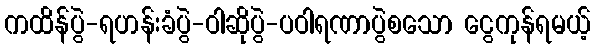
ကထိန်ပွဲ-ရဟန်းခံပွဲ-ဝါဆိုပွဲ-ပဝါရဏာပွဲစသော ငွေကုန်ရမယ့်